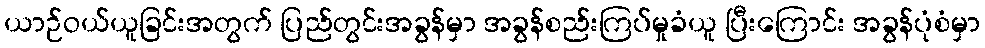
ယာဉ်ဝယ်ယူခြင်းအတွက် ပြည်တွင်းအခွန်မှာ အခွန်စည်းကြပ်မှုခံယူ ပြီးကြောင်း အခွန်ပုံစံမှာ